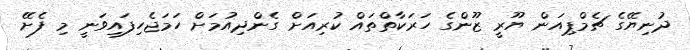
ދުނިޔޭގެ ޗެމްޕިއަން ޔޫރީ ޒޫންގެ ހަރަކާތްތައް ކުރިއަށް ގެންދިއުމަށް ހަމަޖެހިފައިވަނީ މި ފެށޭ